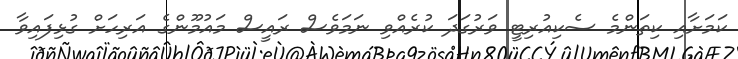
ކަމަށާއި ކިތަންމެ ސެކިއުރިޓީ ވަރުގަދަ ކުރެއްވި ނަމަވެސް ރައީސް މައުމޫންގެ އަރިހަށް ގުޅިފައިވާ